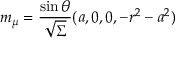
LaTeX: m _ { \mu } = \frac { \sin \theta } { \sqrt { \Sigma } } ( a , 0 , 0 , - r ^ { 2 } - a ^ { 2 } )